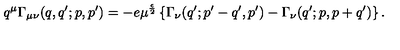
q ^ { \mu } \Gamma _ { \mu \nu } ( q , q ^ { \prime } ; p , p ^ { \prime } ) = - e \mu ^ { \frac { \epsilon } { 2 } } \left\{ \Gamma _ { \nu } ( q ^ { \prime } ; p ^ { \prime } - q ^ { \prime } , p ^ { \prime } ) - \Gamma _ { \nu } ( q ^ { \prime } ; p , p + q ^ { \prime } ) \right\} .